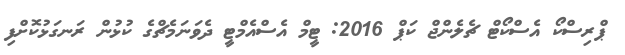
ޕްރިސްކޯ އެސްކޯޓް ޗެލެންޖް ކަޕް 2016: ޓީމް އެސްއެމްޓީ ދެވަނަމެޗްގެ ކުޅުން ރަނގަޅުކޮށްފި